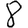
Digit: 8